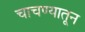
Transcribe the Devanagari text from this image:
चाचण्यातून